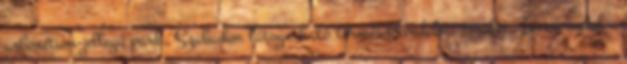
arborétum-jellegű park. Szabadon látogatható természetvédelmi terület. Innen indul a